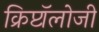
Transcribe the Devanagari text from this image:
क्रिप्टॉलोजी